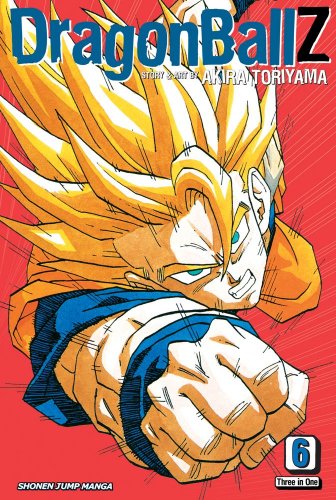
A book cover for Dragon Ball Z, Vol. 6 (VIZBIG Edition); Akira Toriyama; Children's Books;